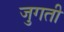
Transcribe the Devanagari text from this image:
जुगती